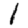
Digit: 1